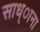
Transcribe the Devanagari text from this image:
साध्ाना